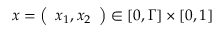
x = \left( \begin{array} { l } { x _ { 1 } , x _ { 2 } } \end{array} \right) \in [ 0 , \Gamma ] \times [ 0 , 1 ]